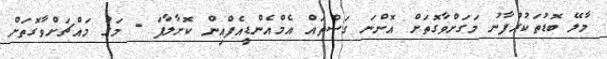
މާލޭ ބޮޑުތަކުރުފާނު މަގަށްވާގޮތަށް އޮންނަ ގަސްތައް އެމްއެންޑީއެފްއިން ކޮށާލާފަ - މަގު މައްޗަށްވާގޮތަށް